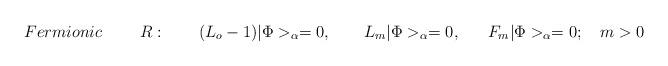
LaTeX: \begin{align*}Fermionic~~~~~~~R:~~~~~~ (L_o-1)|\Phi>_{\alpha} =0,~~~~~~L_m|\Phi>_{\alpha}=0,~~~~~F_m|\Phi>_{\alpha}=0;~~~m>0\end{align*}